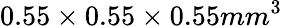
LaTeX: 0.55\times{0.55}\times{0.55mm^{3}}